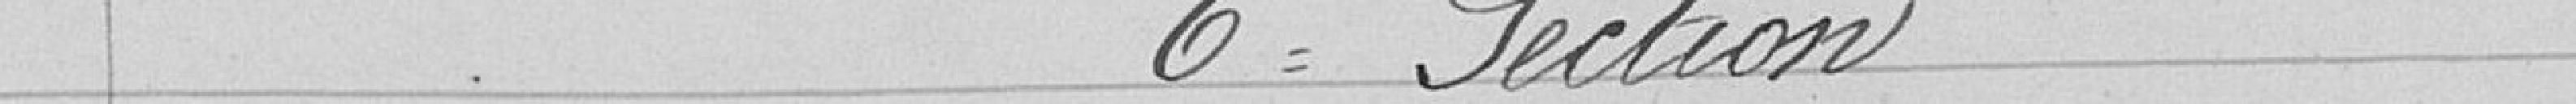
6e Section